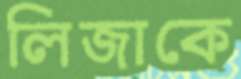
লিজাকে